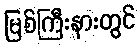
မြစ်ကြီးနားတွင်